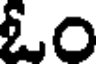
ఓం